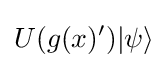
U(g(x)')|\psi \rangle